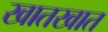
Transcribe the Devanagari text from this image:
खातखात